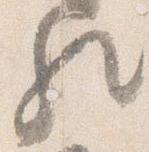
歟